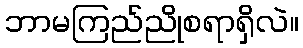
ဘာမကြည်ညိုစရာရှိလဲ။